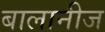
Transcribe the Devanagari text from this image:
बालानीज